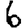
Digit: 6